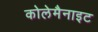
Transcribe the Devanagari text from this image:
कोलेमैनाइट